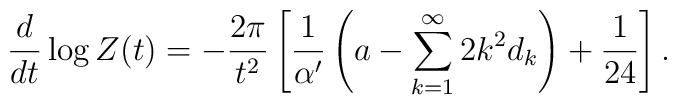
\frac d{dt}\log Z(t) =   -\frac{2\pi}{t^2}\left[\frac1{\alpha'}\left(a-\sum_{k=1}^\infty 2k^2d_k\right)+\frac1{24}  \right].